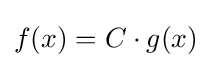
f(x)=C\cdot g(x)